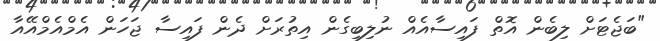
"ބަޖެޓަށް ލިބެން އޮތް ފައިސާއެއް ނުލިބިގެން އިތުރަށް ދެން ފައިސާ ޖަހަން އެމްއެމްއޭއާ